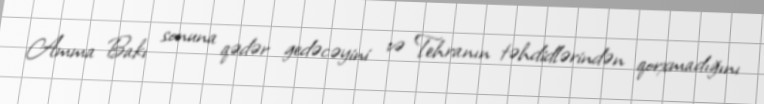
Amma Bakı sonuna qədər gedəcəyini və Tehranın təhdidlərindən qorxmadığını